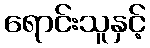
ရောင်းသူနှင့်